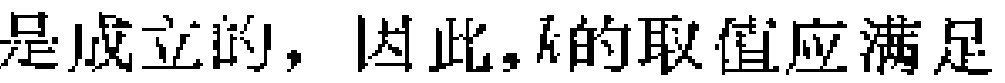
是成立的，因此，\(k\)的取值应满足